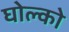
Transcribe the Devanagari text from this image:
घोल्को